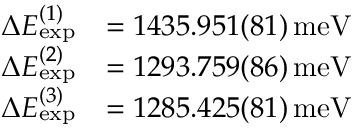
\begin{array} { r l } { \Delta E _ { \mathrm { e x p } } ^ { ( 1 ) } } & { = 1 4 3 5 . 9 5 1 ( 8 1 ) \, \mathrm { m e V } } \\ { \Delta E _ { \mathrm { e x p } } ^ { ( 2 ) } } & { = 1 2 9 3 . 7 5 9 ( 8 6 ) \, \mathrm { m e V } } \\ { \Delta E _ { \mathrm { e x p } } ^ { ( 3 ) } } & { = 1 2 8 5 . 4 2 5 ( 8 1 ) \, \mathrm { m e V } } \end{array}